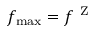
f _ { \mathrm { m a x } } = f ^ { \mathrm { ~ Z ~ } }